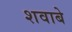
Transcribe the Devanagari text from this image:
शवाबे